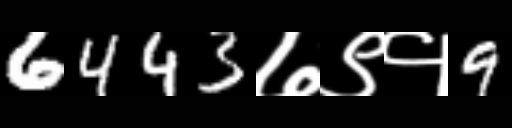
Text: 6443७९१9